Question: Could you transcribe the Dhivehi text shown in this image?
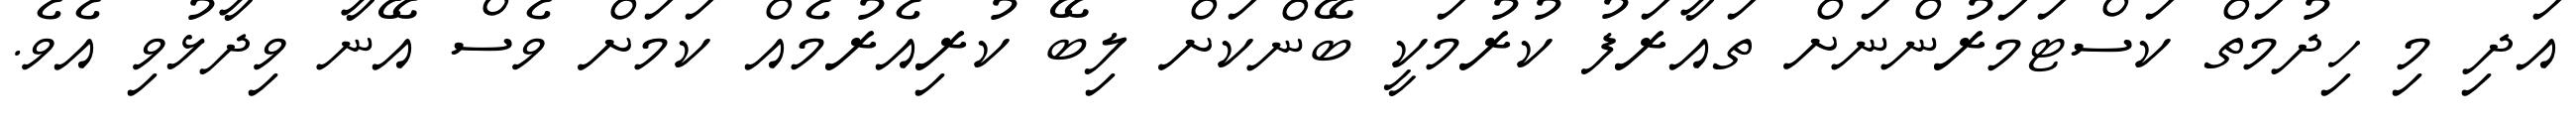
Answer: އަދި މި ހިދުމަތް ކަސްޓަމަރުންނަށް ތައާރަފު ކުރުމަކީ ބޭންކަށް ލިބޭ ކުރިއެރުމެއް ކަމަށް ވެސް އޭނާ ވިދާޅުވި އެވެ.